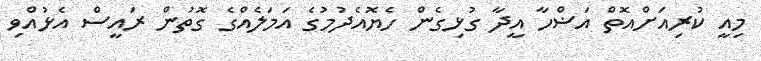
މިއީ ކުރިއަށްއޮތް އަޟްހާ އީދާ ގުޅިގެން ހެޔޮއެދުމުގެ އަމަލެއްގެ ގޮތުން ރައީސް އެޅުއްވި